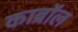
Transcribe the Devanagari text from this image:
काब्रॉल